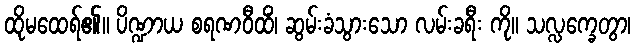
ထိုမထေရ်၏။ ပိဏ္ဍာယ စရဏဝီထိံ၊ ဆွမ်းခံသွားသော လမ်းခရီး ကို။ သလ္လက္ခေတွာ၊